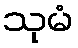
သုမံ